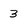
Character: 3